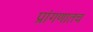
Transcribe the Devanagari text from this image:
प्रांगणातच